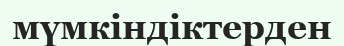
мүмкіндіктерден